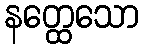
နတ္ထေသော